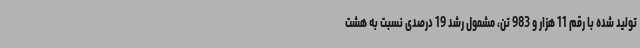
تولید شده با رقم 11 هزار و 983 تن، مشمول رشد 19 درصدی نسبت به هشت